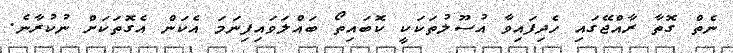
ނެތް ގޮތާ ރާއްޖޭގައި ހެދިފައިވާ އުސޫލުތަކަކީ ކޮބައިތޯ ބައްލަވައިފިނަމަ އެކަން އެގޮތަކަށް ނުކުރާނެ.